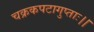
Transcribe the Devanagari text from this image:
चक्रकपटागुप्ताः।।